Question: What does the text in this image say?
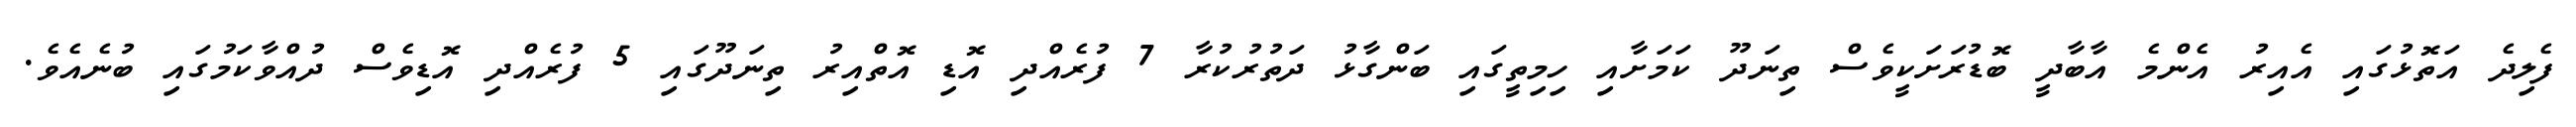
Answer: ފެލިދެ އަތޮޅުގައި އެއިރު އެންމެ އާބާދީ ބޮޑުރަށަކީވެސް ތިނަދޫ ކަމަށާއި ހިމިތީގައި ބަންގާޅު ދަތުރުކުރާ 7 ފުރެއްދި އޮޑި އޮތްއިރު ތިނަދޫގައި 5 ފުރެއްދި އޮޑިވެސް ދުއްވާކަމުގައި ބުނެއެވެ.